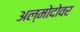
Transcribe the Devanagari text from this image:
अल्मोदोवर